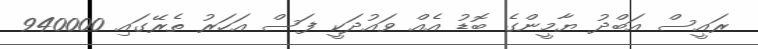
ރައީސް އަބްދު ޔާމީންގެ ބޮޑު އެއް ވައުދަކީ ފަސް އަަހަރު ތެރޭގައި 940000